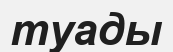
туады